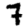
Digit: 7